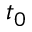
t _ { 0 }